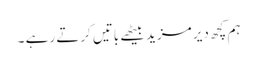
ہم کچھ دیر مزید بیٹھے باتیں کرتے رہے ۔